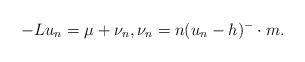
LaTeX: \begin{align*}-Lu_n=\mu+\nu_n,\nu_n=n(u_n-h)^-\cdot m.\end{align*}